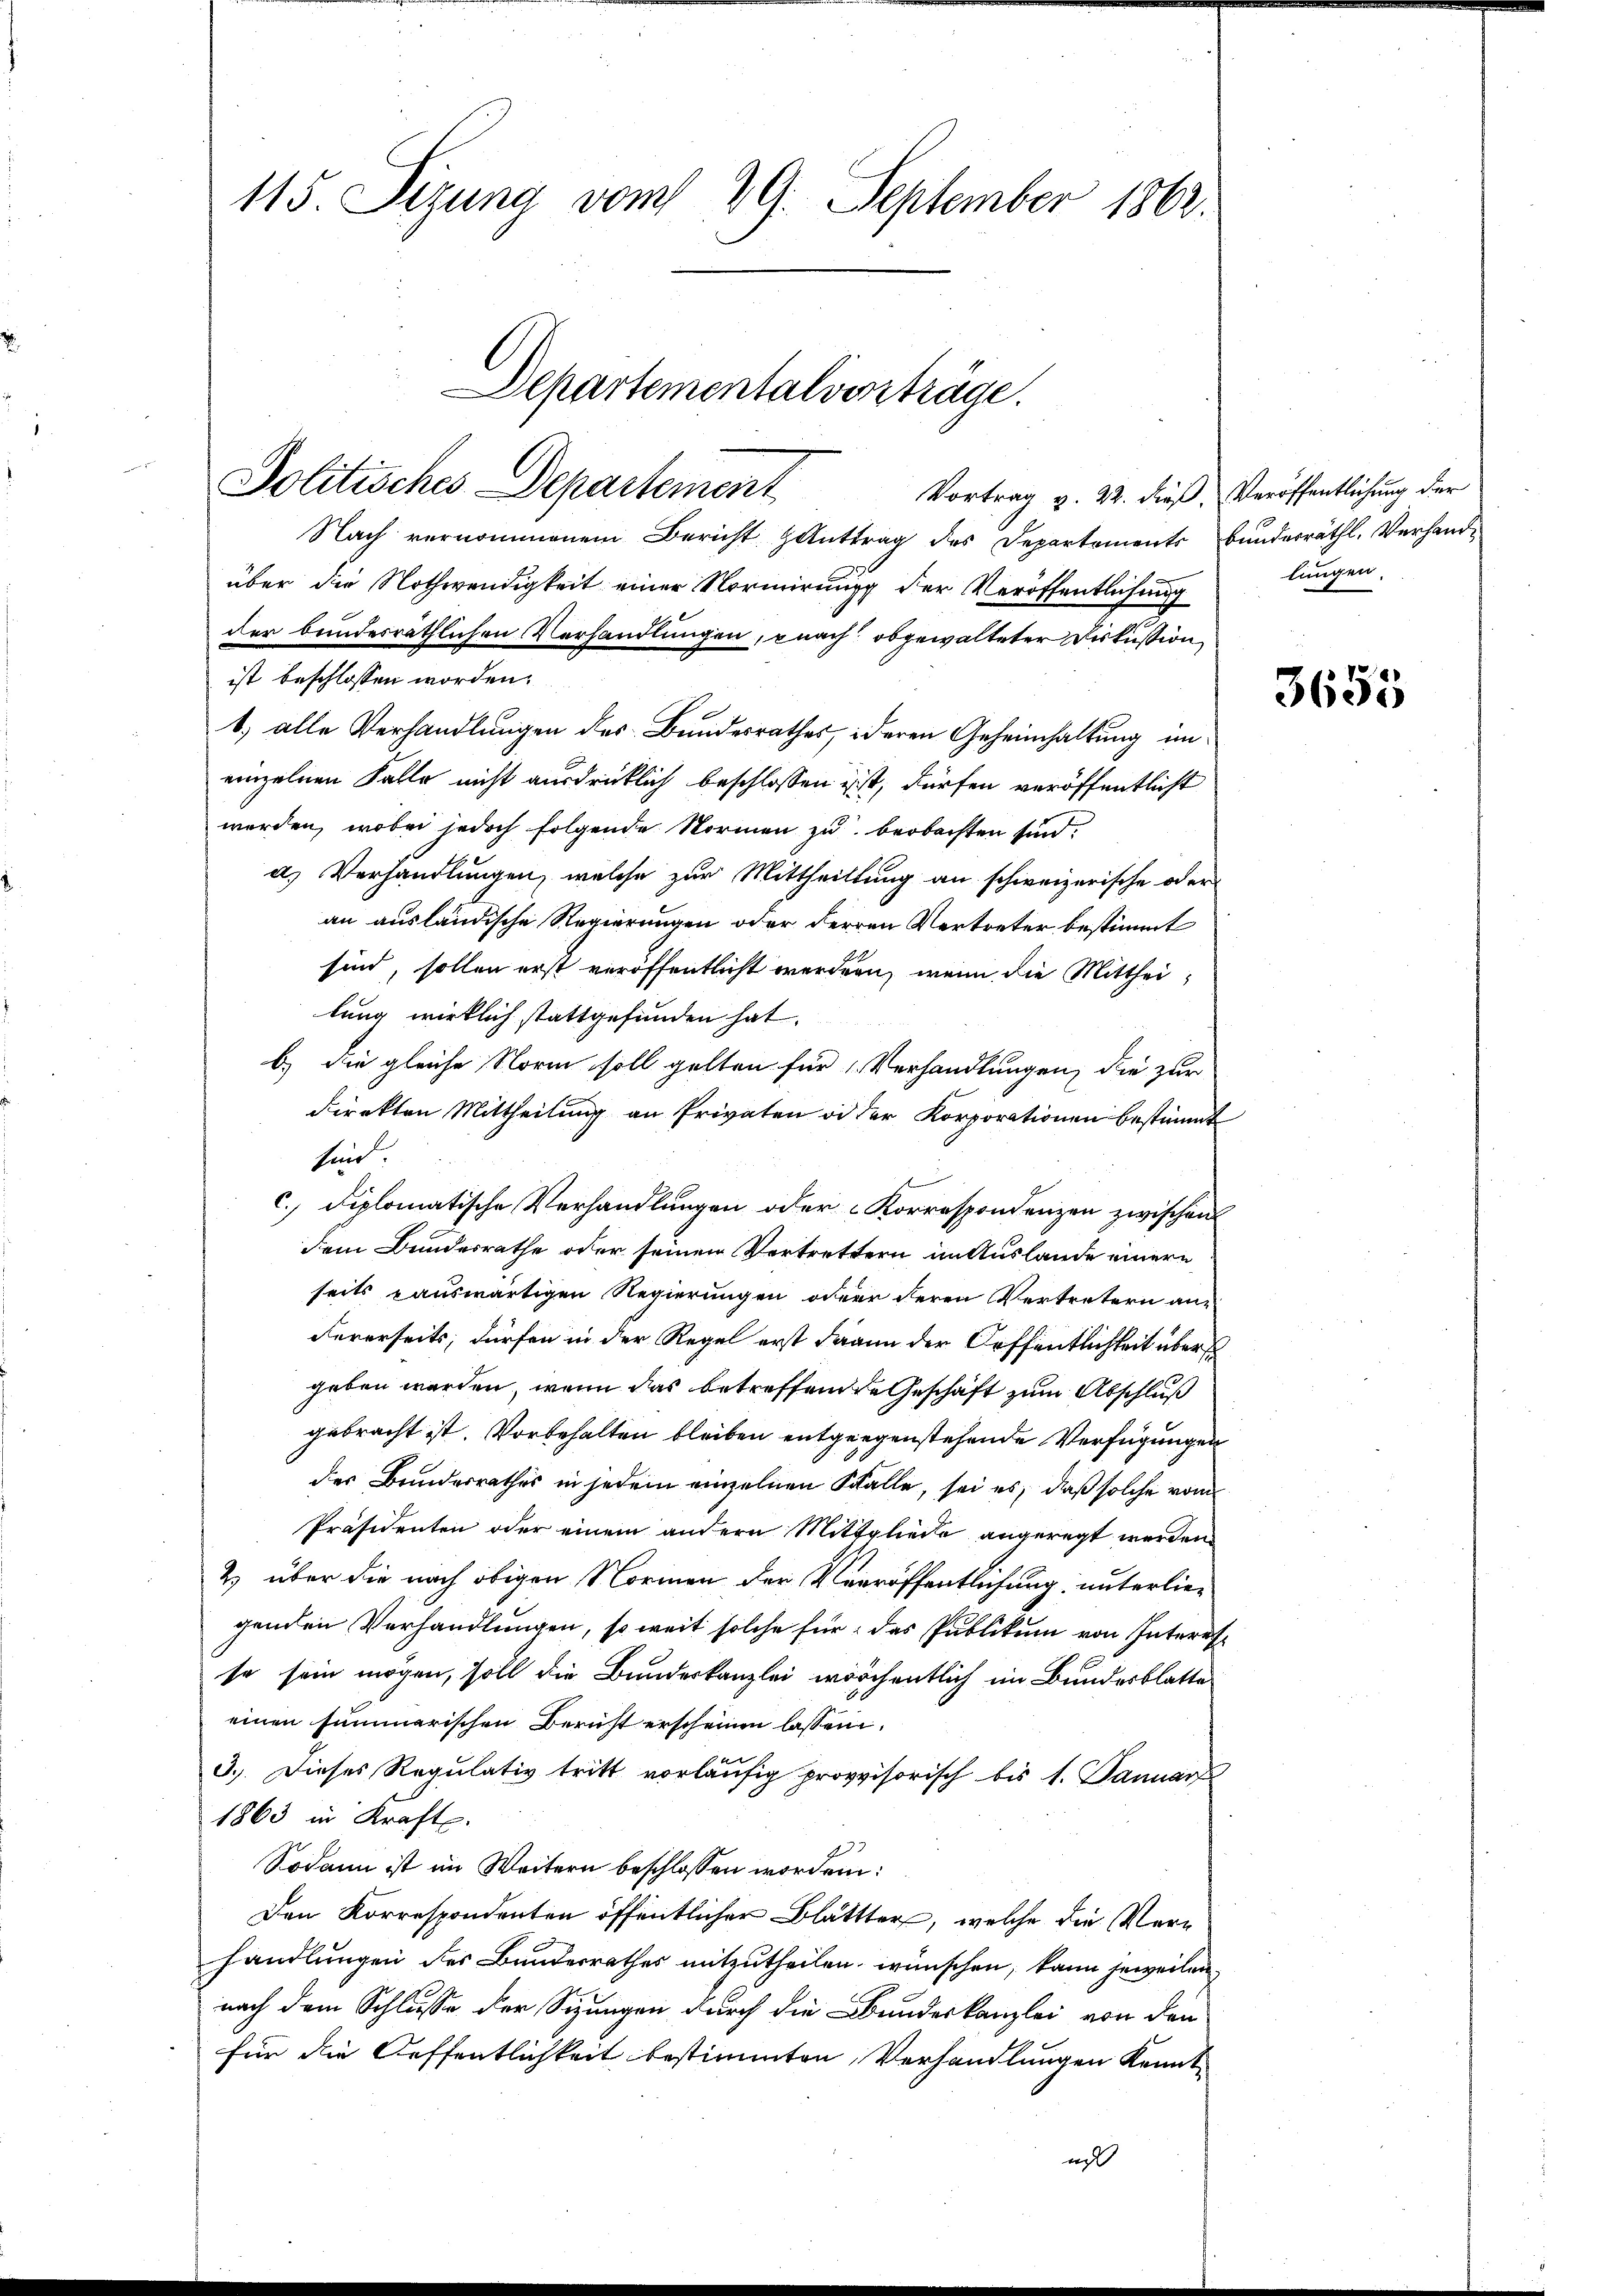
115. Sizung vom 29. September 1862.

Departementalverträge.
Politisches Departement

Nach vernommenem Bericht anttrag des Departements Bunderräthl. Verhandeüber die Nothwendigkeit einer Normirung der Veröffentlichung
der bundesräthlichen Verhandlungen, nach, obgewalteter Diskussion
ist beschlossen worden.
1.) alle Verhandlungen des Bundesrathes, deren Geheimhaltung im
einzelnen Falle nicht ausdrücklich beschlossen ist, dürfen veröffentlicht
werden, wobei jedoch folgende Normen zu beobachten sind.
a) Verhandlungen, welche zur Mittheiltung an schweizerische oder
an ausländische Regierungen oder Herren Vertreter bestimmt
sind, sollen erst veröffentlicht werden, wenn die Mittheilung wirklich stattgefunden hat.
b.) die gleiche Norm soll gelten für Verhandlungen, die zur
direkten Mittheilung an Privaten od der Korporationen bestimmt
sind.
c.) Diplomatische Verhandlungen oder Korrespondenzen zwischen
dem Bundesrathe oder seinen Vertrettern im Auslande einern
seits rauswärtigen Regierungen oder deren Vertretern aus
Fererseits, dürfen in der Regel erst dann der Oeffentlichkeit über
geben werden, wenn das betreffend de Geschäft zum Abschluß
gebracht ist. Vorbehalten bleiben entgegenstehende Verfügungen
der Bundesrathes in jedem einzelnen Stalle, sei es, daß solche vom
Präsidenten oder einem andern Mittgliede angeregt werden.
2) über die nach obigen Normen der Verröffentlichung unterliegenden Verhandlungen, so weit solche für das Publikum von Interr
se sein mögen, soll die Bundeskanzlei wöchentlich im Bundesblatte
einen summarischen Bericht erscheinen lassen.
3.) Dieses Regulativ tritt vorläufig provvisorisch bis 1. Januar
1863 in Kraft.
Sodann ist im Weitern beschlossen worden:
Den Korrespondenten öffentlicher Blättter, welche die Verhandlungen des Bundesrathes mitzutheilen wünschen, kann jeweilen,
nach dem Schlusse der Sizungen durch die Bundeskanzlei von den
für die Oeffentlichkeit bestimmten Verhandlungen Kennt

Vortrag v. 22. dieß, Veröffentlichung der
lungen.

3635